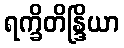
ရက္ခိတိန္ဒြိယာ